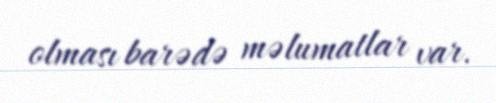
olması barədə məlumatlar var.